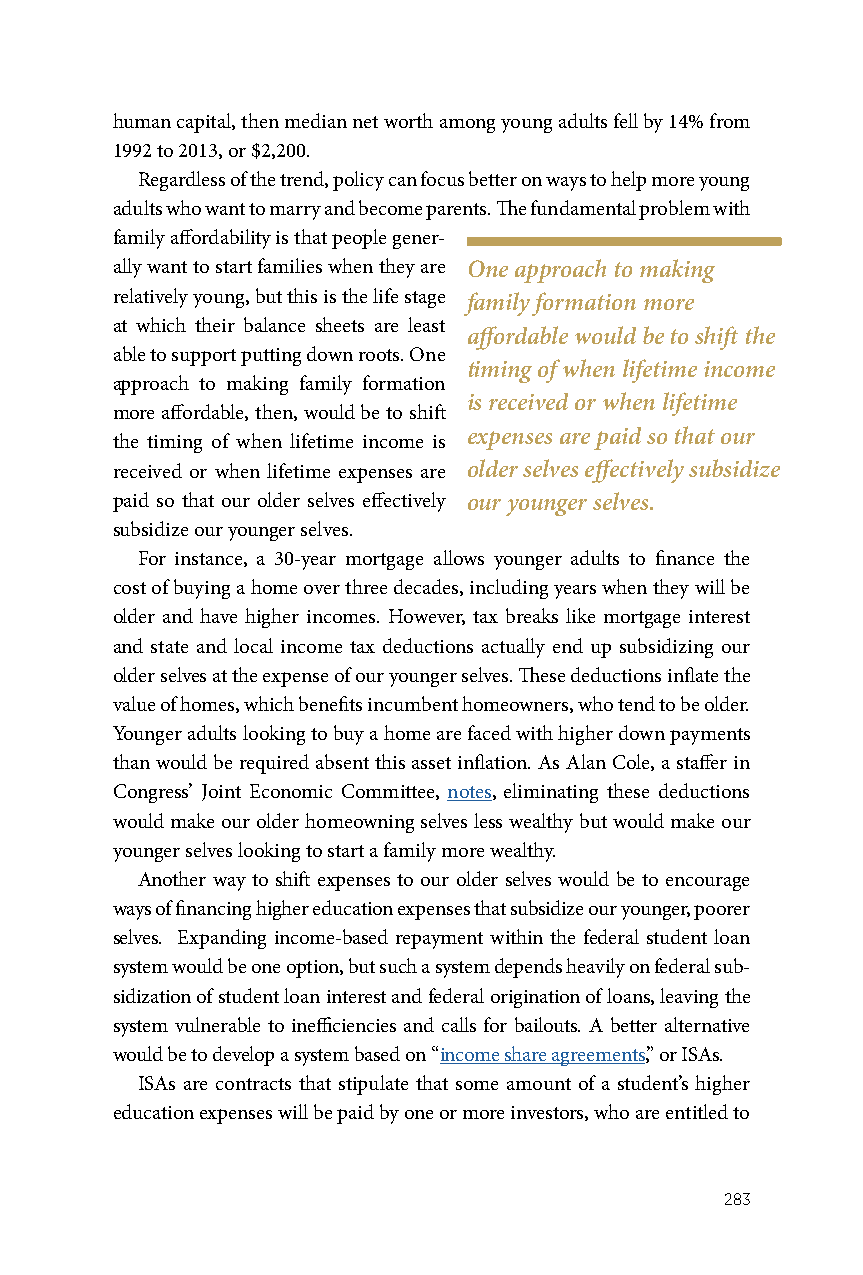
human capital, then median net worth among young adults fell by 14% from
 1992 to 2013, or $2,200.
 Regardless of the trend, policy can focus better on ways to help more young
 adults who want to marry and become parents. The fundamental problem with
 family affordability is that people gener-
 ally want to start families when they are One approach to making
 relatively young, but this is the life stage family formation more
 at which their balance sheets are least
 affordable would be to shift the
 able to support putting down roots. One
 timing of when lifetime income
 approach to making family formation
 is received or when lifetime
 more affordable, then, would be to shift
 expenses are paid so that our
 the timing of when lifetime income is
 received or when lifetime expenses are older selves effectively subsidize
 paid so that our older selves effectively our younger selves.
 subsidize our younger selves.
 For instance, a 30-year mortgage allows younger adults to finance the
 cost of buying a home over three decades, including years when they will be
 older and have higher incomes. However, tax breaks like mortgage interest
 and state and local income tax deductions actually end up subsidizing our
 older selves at the expense of our younger selves. These deductions inflate the
 value of homes, which benefits incumbent homeowners, who tend to be older.
 Younger adults looking to buy a home are faced with higher down payments
 than would be required absent this asset inflation. As Alan Cole, a staffer in
 Congress’ Joint Economic Committee, notes, eliminating these deductions
 would make our older homeowning selves less wealthy but would make our
 younger selves looking to start a family more wealthy.
 Another way to shift expenses to our older selves would be to encourage
 ways of financing higher education expenses that subsidize our younger, poorer
 selves. Expanding income-based repayment within the federal student loan
 system would be one option, but such a system depends heavily on federal sub-
 sidization of student loan interest and federal origination of loans, leaving the
 system vulnerable to inefficiencies and calls for bailouts. A better alternative
 would be to develop a system based on “income share agreements,” or ISAs.
 ISAs are contracts that stipulate that some amount of a student’s higher
 education expenses will be paid by one or more investors, who are entitled to
 283